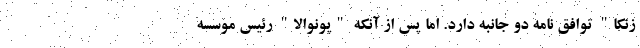
زنکا" توافق نامه دو جانبه دارد. اما پس از آنکه "پونوالا" رئیس موسسه